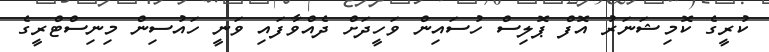
ކުރީގެ ކޮމިޝަނަރު އޮފް ޕޮލިސް ހުސައިން ވަހީދަށް ދެއްވާފައި ވަނީ ހައުސިން މިނިސްޓްރީގެ